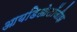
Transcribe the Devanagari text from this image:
आयडिओलॉजीझ